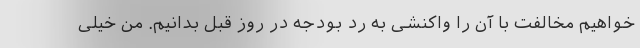
خواهیم مخالفت با آن را واکنشی به رد بودجه در روز قبل بدانیم. من خیلی